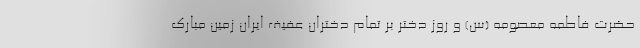
حضرت فاطمه معصومه (س) و روز دختر بر تمام دختران عفیف ایران زمین مبارک